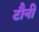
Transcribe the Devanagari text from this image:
टौनी